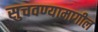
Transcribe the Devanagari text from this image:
सुचवण्यामागील